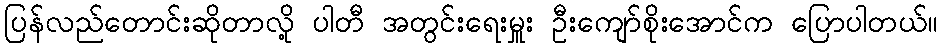
ပြန်လည်တောင်းဆိုတာလို့ ပါတီ အတွင်းရေးမှူး ဦးကျော်စိုးအောင်က ပြောပါတယ်။